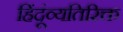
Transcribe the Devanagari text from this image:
हिंदूंव्यतिरिक्त